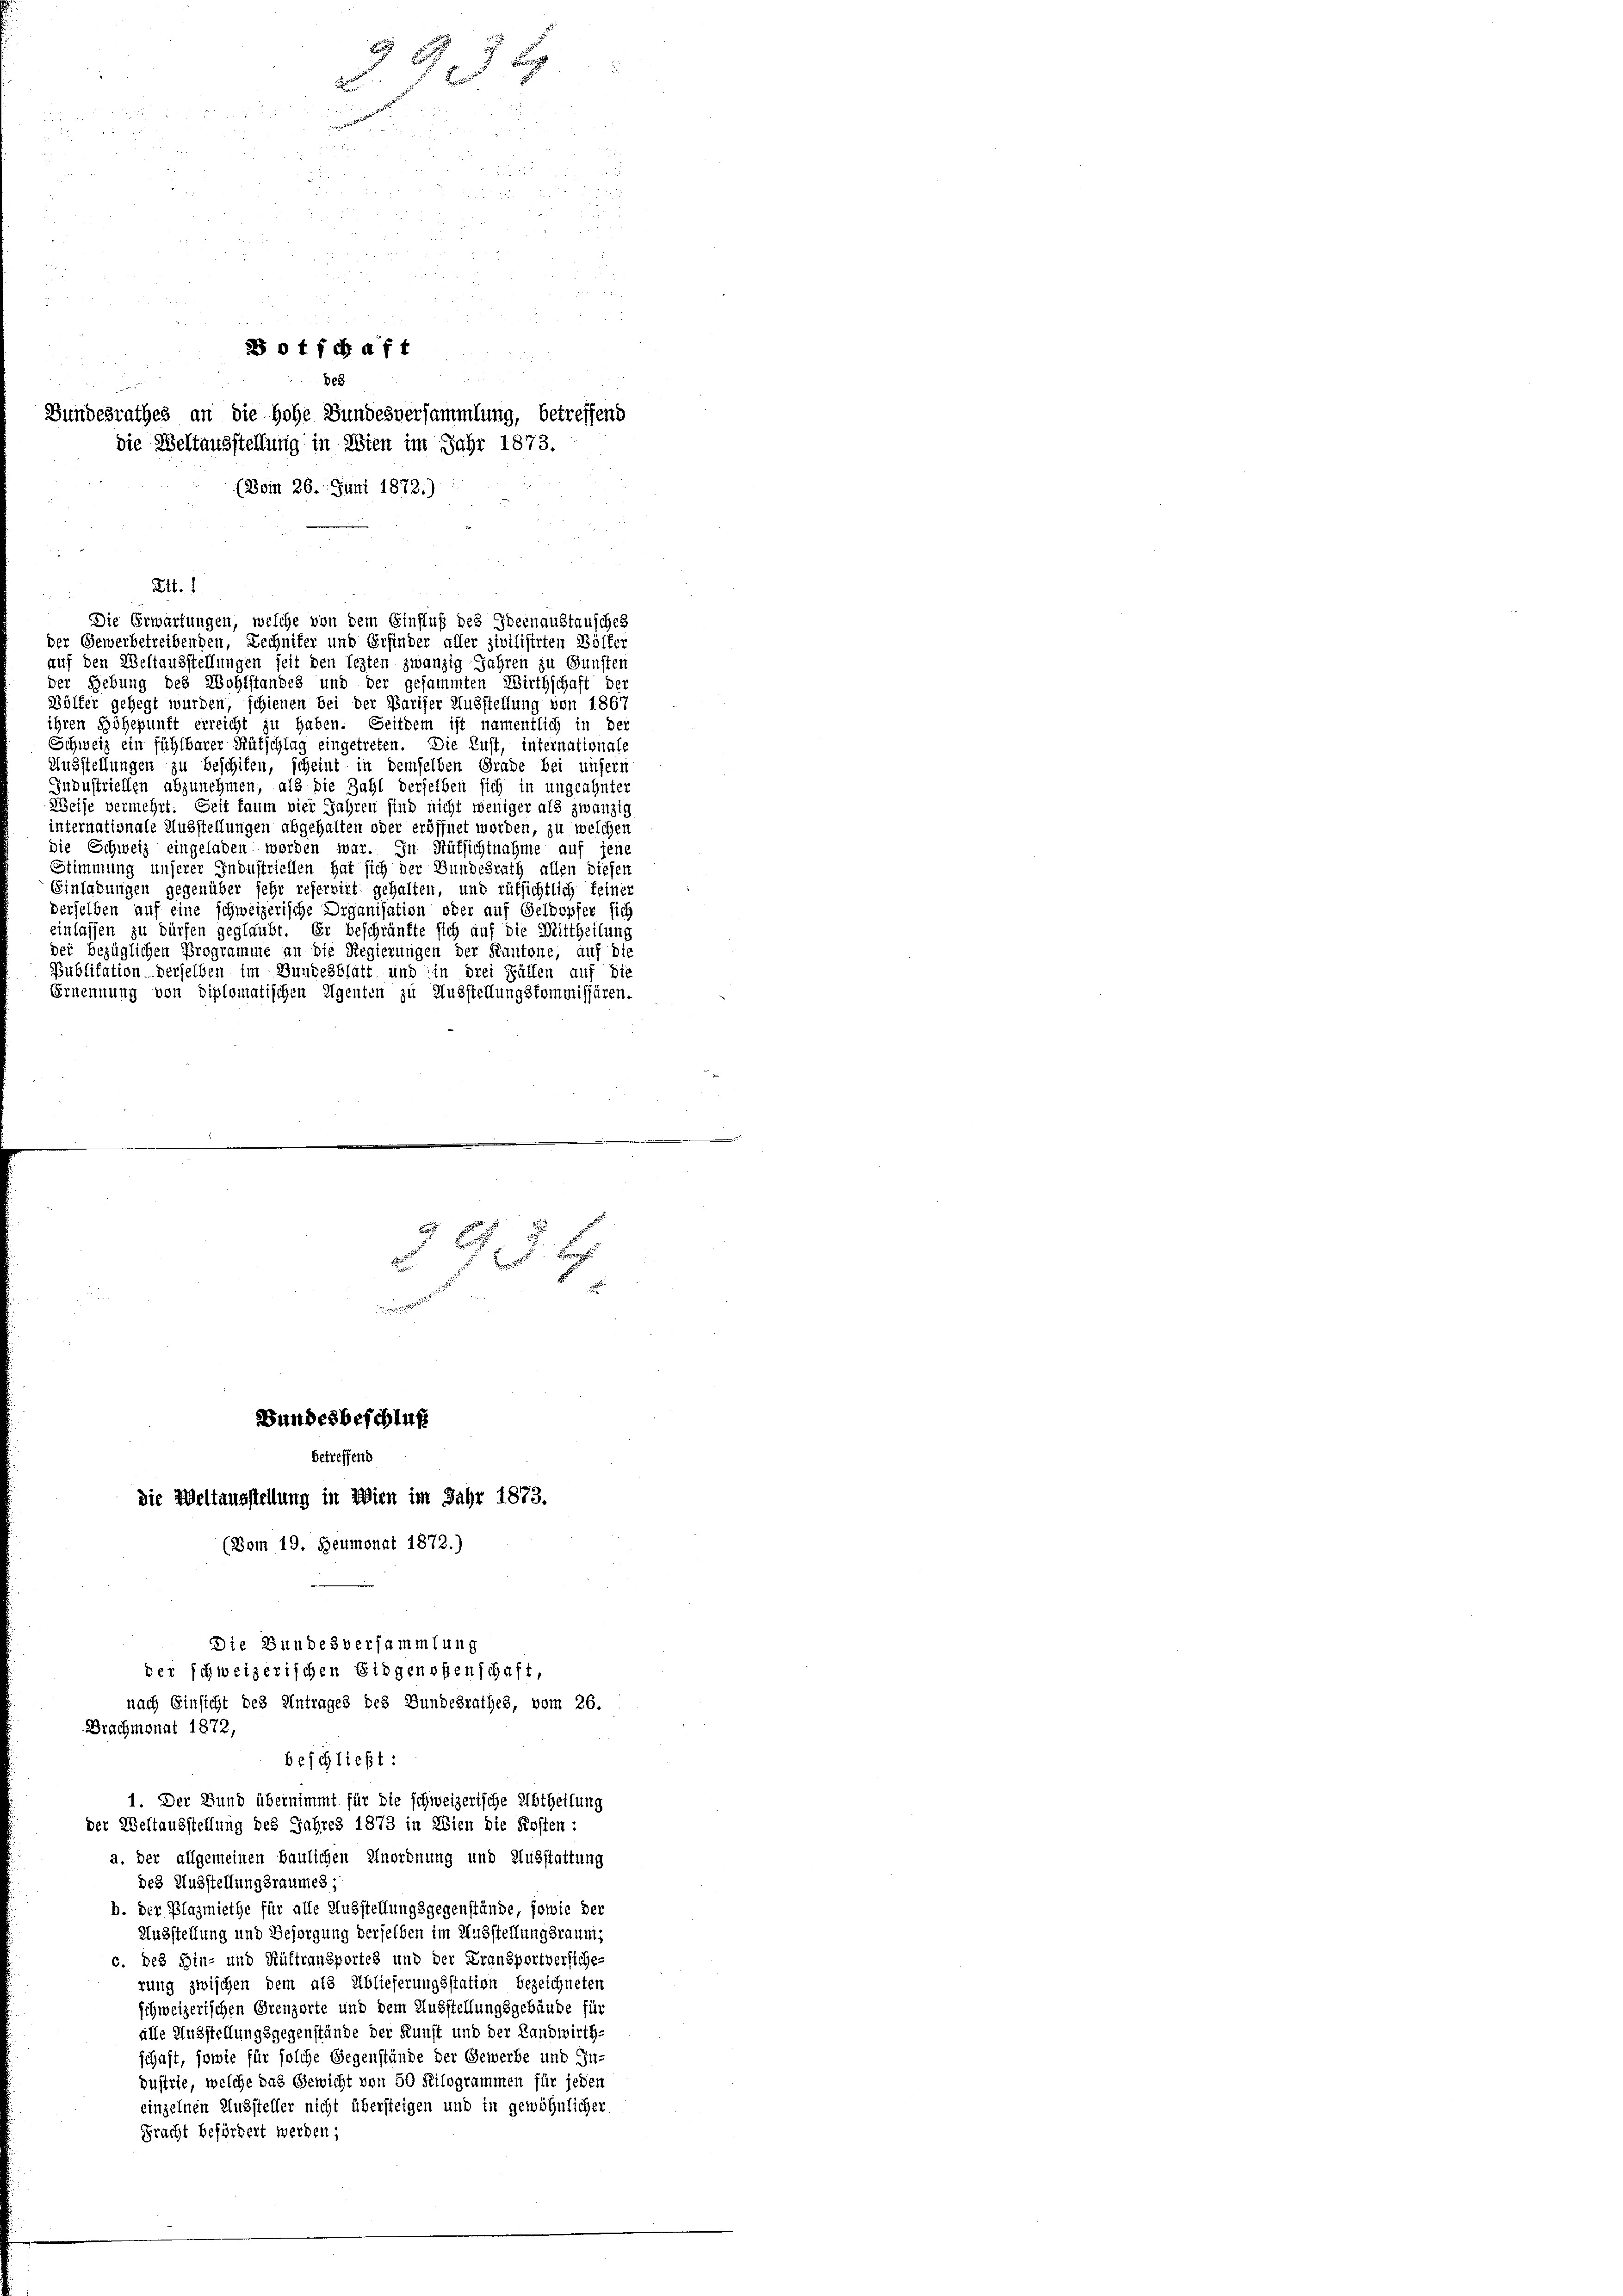
n

 o t fchaft
de8
Bundesrathes an die Hohe Bundesversammlung, betreffend
die Weltausstellung in Wien im Jahr 1873.
(Boin 26. Juni 1872.)

Lit. 1
der Gewerbetreibenden, Lechniker und Erfinder aller zivilisirten Bölfer
auf den Weltausstellungen seit den lezten zwanzig Jahren zu Gunsten
der Gebung des Wohlstandes und der gesammten Wirthschaft der
Bölfer gehegt wurden, schienen bei der Pariser Ausstellung von 1867
ihren Höhepunft erreicht zu haben. Seitdem ist namentlich in der
Schweiz ein fühlbarer Kutschlag eingetreten. Die Lust, internationale
Ausstellungen zu beschiten, scheint in demselben Grade bei unsern
Industriellen abzunehmen, als die Zahl derselben sich in ungeahnter
Weise vermehrt. Seit kaum vier Jahren sind nicht weniger als zwanzig
internationale Ausstellungen abgehalten oder eröffnet worden, zu welchen
die Schweiz eingeladen worden war. In Rüksichtnahme auf jene
Stimmung unserer Industriellen hat sich der Bundesrath allen diesen
Einladungen gegenüber sehr reservirt gehalten, und rüksichtlich feiner
derselben auf eine schweizerische Organisation oder auf Geldopfer sich
einlassen zu dürfen geglaubt. Er beschränkte sich auf die Mittheilung
der bezüglichen Programme an die Regierungen der Kantone, auf die
Publikation derselben im Bundesblatt und in drei Fällen auf die
Ernennung von diplomatischen Agenten zu Ausstellungskommissären.

997 x
.
d

0

Die Erwartungen, welche von dem Einfluß des Ideenaustausches

r

Bundesbeschluß
betreffend
die Weltausstellung in Wien im Jahr 1873.
(Bom 19. Heumonat 1872.)
Die Bundesversammlung

der schweizerischen Eidgenoßenschaft,
nach Einsicht des Antrages des Bundesrathes, vom 26.
Brachmonat 1872,
beschließt:
1. Der Bund übernimmt für die schweizerische Abtheilung
der Weltausstellung des Jahres 1873 in Wien die Kosten :

a. der allgemeinen Baulichen Anordnung und Ausstattung
des Ausstellungsraumes ;
b. der Plagmiethe für alle Ausstellungsgegenstände, sowie der
Ausstellung und Besorgung derselben im Ausstellungsraum,
c. des Hin- und Rüttransportes und der Fransportversiche-
rung zwischen dem als Ablieferungsstation bezeichneten
schweizerischen Grenzerte und dem Ausstellungsgebäude für
alle Ausstellungsgegenstände der Kunst und der Landwirth-
schaft, sowie für solche Gegenstände der Gewerbe und In-
oustrie, welche das Gewicht von 50 Kilogrammen für jeden
einzelnen Aussteller nicht übersteigen und in gewöhnlicher
Pracht befördert werden;